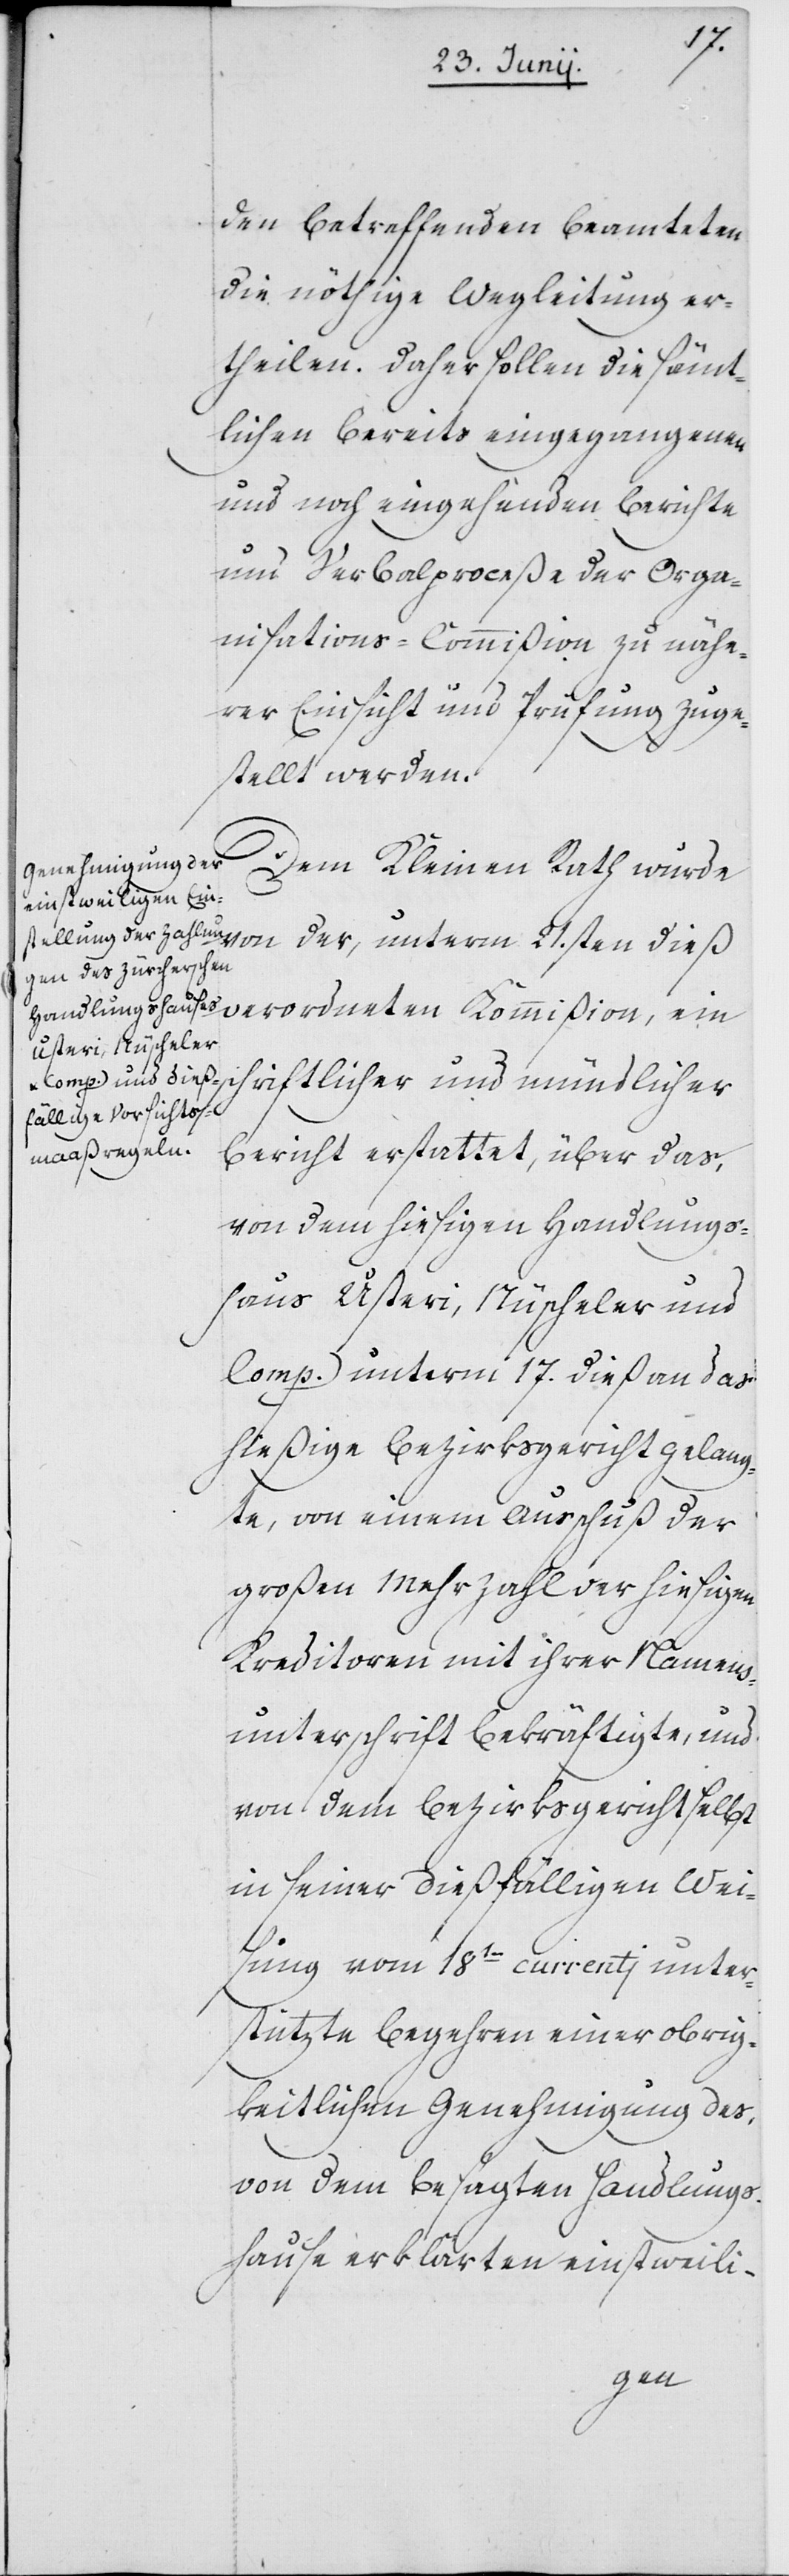
den betreffenden Beamteten
die nöthige Wegleitung er¬
theilen. Daher sollen die sämt¬
lichen bereits eingegangenen
und noch eingehenden Berichte
und Verbalproceße der Orga¬
nisations-Commißion zu nähe¬
rer Einsicht und Prüfung zuge¬
stellt werden.
Dem Kleinen Rath wurde
von der, unterm 21sten dieß
verordneten Kommißion, ein
schriftlicher und mündlicher
Bericht erstattet, über das,
von dem hiesigen Handlungs¬
haus Usteri, Nüscheler und
Comp. unterm 17. dieß an das
hießige Bezirksgericht gelang¬
te, von einem Ausschuß der
großen Mehrzahl der hiesigen
Kreditoren mit ihrer Namens¬
unterschrift bekräftigte, und
von dem Bezirksgericht selbst
in seiner dießfälligen Wei¬
sung vom 18ten currentj unter¬
stützte Begehren einer obrig¬
keitlichen Genehmigung des
von dem besagten Handlungs¬
hause erklärten einstweili-